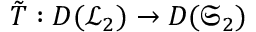
\Tilde { T } : D ( \mathcal { L } _ { 2 } ) \rightarrow D ( \mathfrak { S } _ { 2 } )